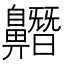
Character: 𪖼